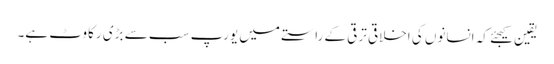
یقین کیجئے کہ انسانوں کی اخلاقی ترقی کے راستے میں یورپ سب سے بڑی رکاوٹ ہے۔